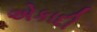
એકાદી